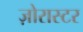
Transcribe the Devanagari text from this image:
ज़ोरास्टर